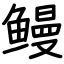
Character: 鳗